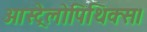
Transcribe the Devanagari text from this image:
आस्ट्रेलोपिथिक्स।